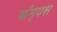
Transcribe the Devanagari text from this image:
कँम्पस